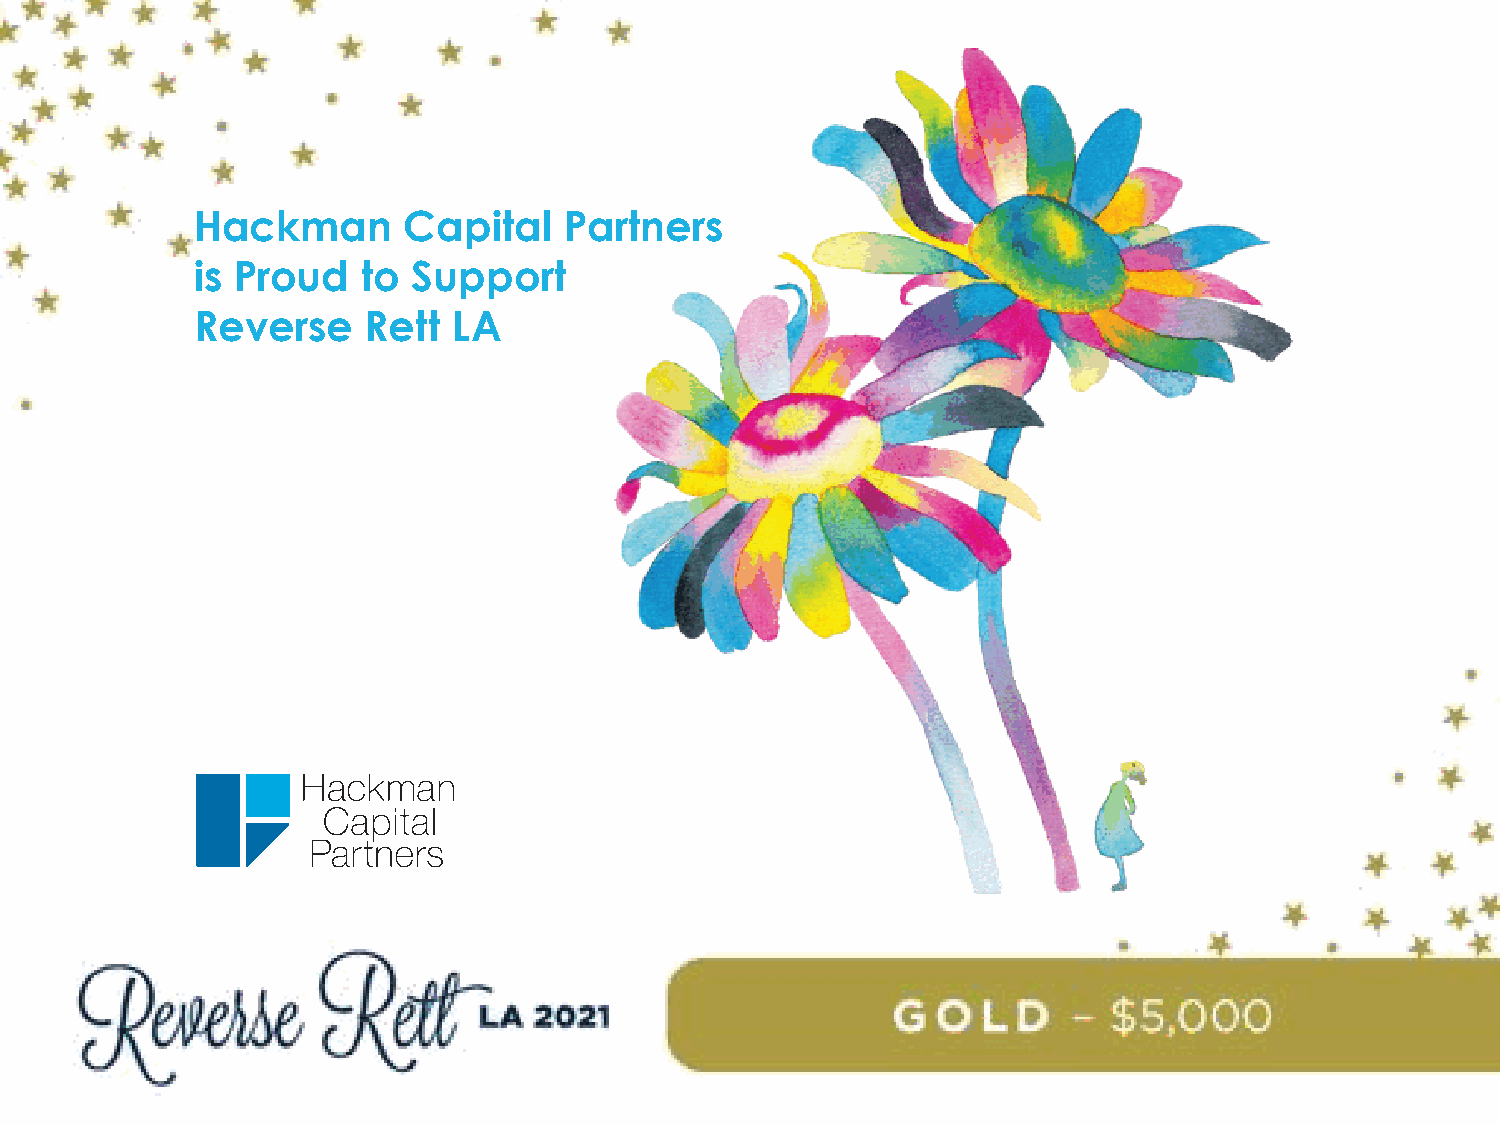
Hackman       Capital   Partners
 is Proud   to Support
 Hackman       Capital    Partners
 Reverse    Rett  LA
 is Proud    to  Support
 Reverse     Rett   LA.